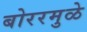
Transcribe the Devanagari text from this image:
बोररमुळे